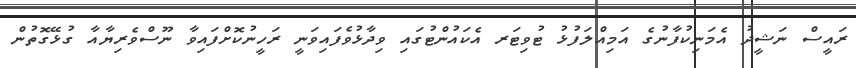
ރައީސް ނަޝީދު އެމަނިކުފާނުގެ އަމިއްލަފުޅު ޓުވިޓަރ އެކައުންޓުގައި ވިދާޅުވެފައިވަނީ ރަހީނުކޮށްފައިވާ ނޫސްވެރިޔާއާ ގުޅޭގޮތުން